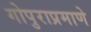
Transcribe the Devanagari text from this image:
गोपुराप्रमाणे